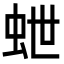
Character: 𮓽